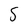
Character: S